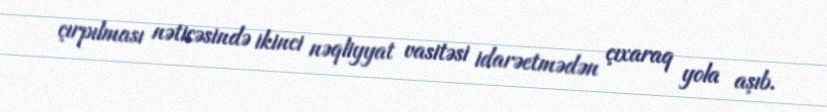
çırpılması nəticəsində ikinci nəqliyyat vasitəsi idarəetmədən çıxaraq yola aşıb.